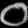
Digit: ၀